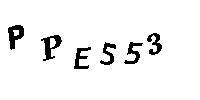
PPE553